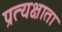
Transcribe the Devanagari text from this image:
प्रत्यक्षाता